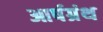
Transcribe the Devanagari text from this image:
आर्षग्रंथ